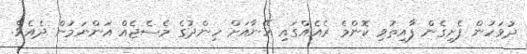
ދުވަހުން ފެށިގެން ފާއިތުވި ކޮންމެ ރެއެއްގައި އޭނާއަށް ހިންދުގެ މެސެޖެއް އަންނަމުން ދެއެވެ.